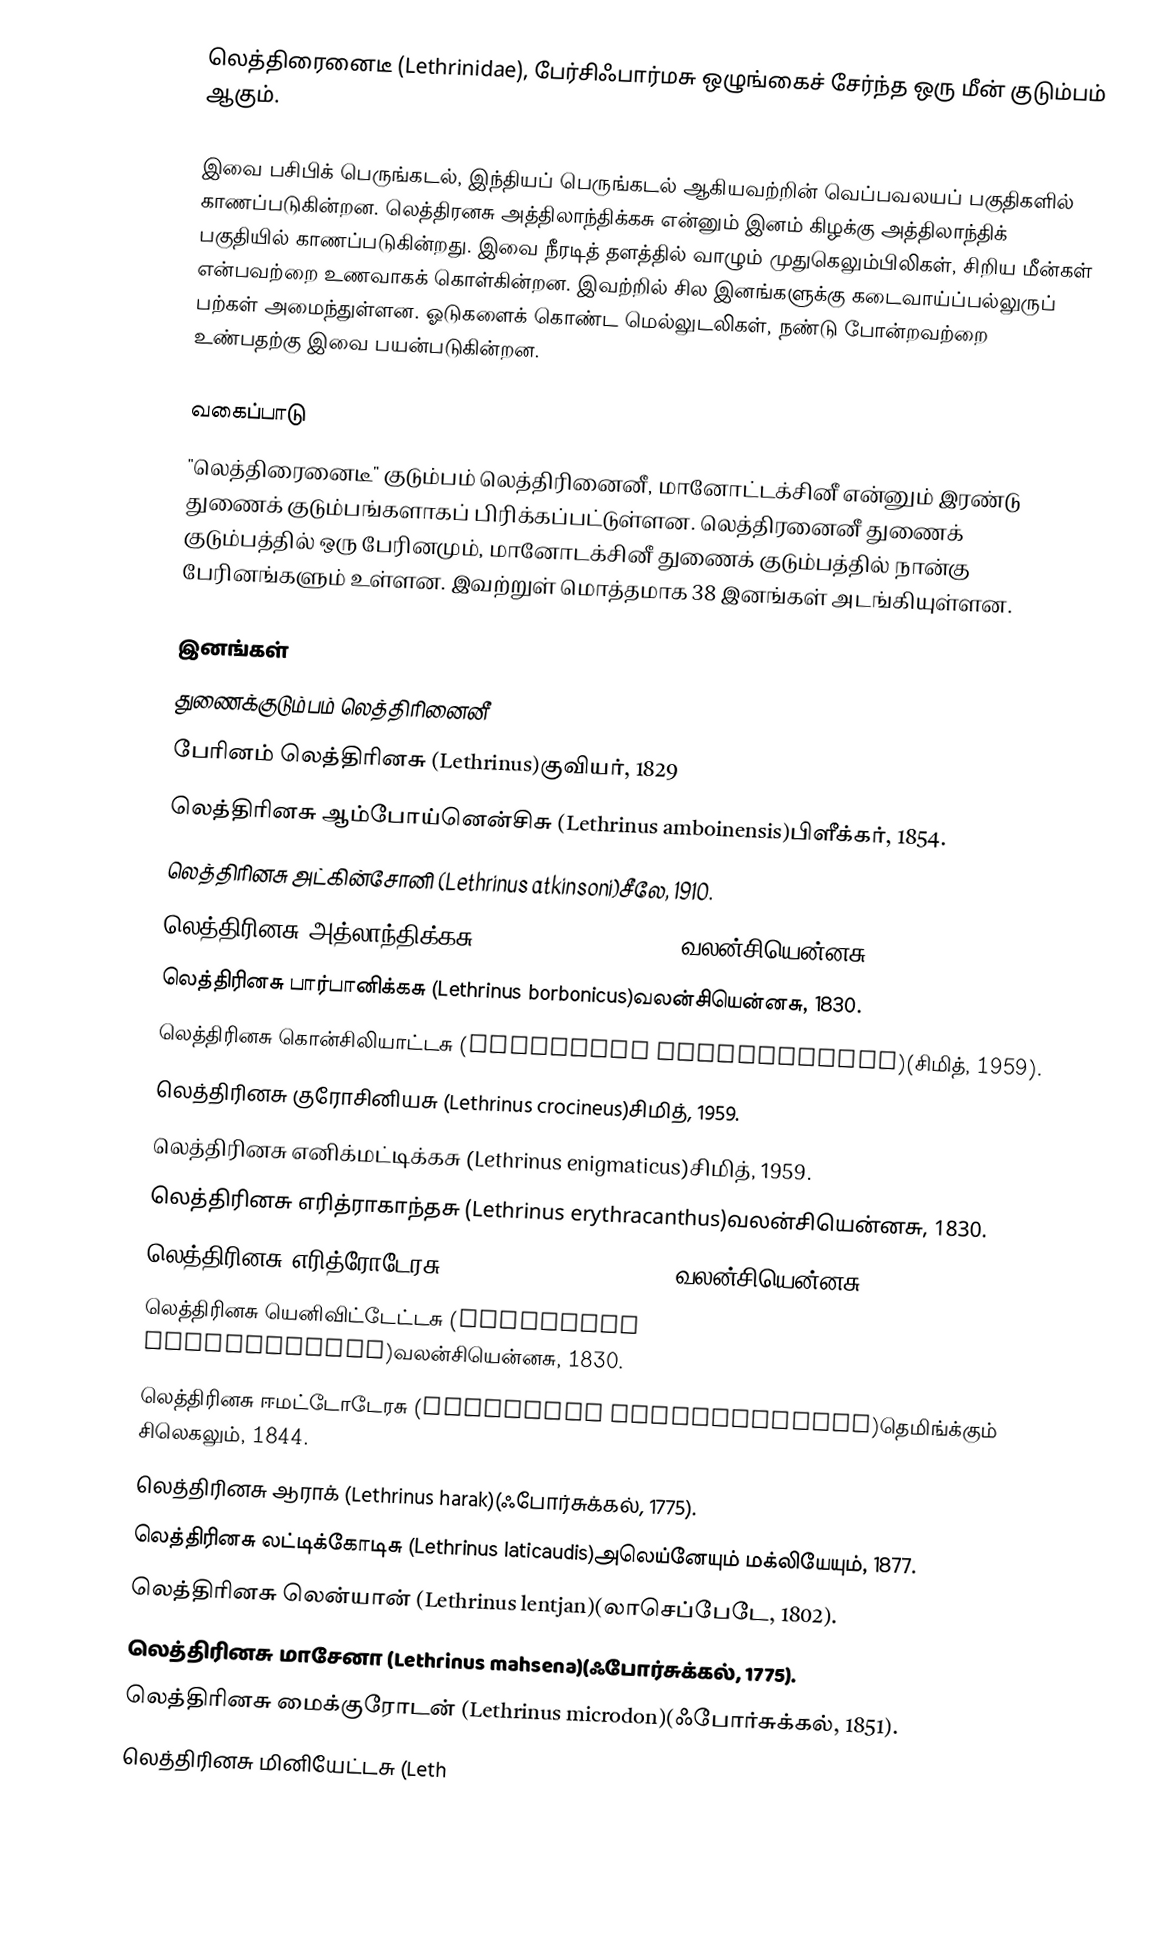
லெத்திரைனைடீ (Lethrinidae), பேர்சிஃபார்மசு ஒழுங்கைச் சேர்ந்த ஒரு மீன் குடும்பம் ஆகும்.

இவை பசிபிக் பெருங்கடல், இந்தியப் பெருங்கடல் ஆகியவற்றின் வெப்பவலயப் பகுதிகளில் காணப்படுகின்றன. லெத்திரனசு அத்திலாந்திக்கசு என்னும் இனம் கிழக்கு அத்திலாந்திக் பகுதியில் காணப்படுகின்றது. இவை நீரடித் தளத்தில் வாழும் முதுகெலும்பிலிகள், சிறிய மீன்கள் என்பவற்றை உணவாகக் கொள்கின்றன. இவற்றில் சில இனங்களுக்கு கடைவாய்ப்பல்லுருப் பற்கள் அமைந்துள்ளன. ஓடுகளைக் கொண்ட மெல்லுடலிகள், நண்டு போன்றவற்றை உண்பதற்கு இவை பயன்படுகின்றன.

வகைப்பாடு
"லெத்திரைனைடீ" குடும்பம் லெத்திரினைனீ, மானோட்டக்சினீ என்னும் இரண்டு துணைக் குடும்பங்களாகப் பிரிக்கப்பட்டுள்ளன. லெத்திரனைனீ துணைக் குடும்பத்தில் ஒரு பேரினமும், மானோடக்சினீ துணைக் குடும்பத்தில் நான்கு பேரினங்களும் உள்ளன. இவற்றுள் மொத்தமாக 38 இனங்கள் அடங்கியுள்ளன.

இனங்கள்
 துணைக்குடும்பம் லெத்திரினைனீ
 பேரினம் லெத்திரினசு (Lethrinus)குவியர், 1829
 லெத்திரினசு ஆம்போய்னென்சிசு  (Lethrinus amboinensis)பிளீக்கர், 1854.
 லெத்திரினசு அட்கின்சோனி  (Lethrinus atkinsoni)சீலே, 1910.
 லெத்திரினசு அத்லாந்திக்கசு  (Lethrinus atlanticus)வலன்சியென்னசு, 1830.
 லெத்திரினசு பார்பானிக்கசு  (Lethrinus borbonicus)வலன்சியென்னசு, 1830.
 லெத்திரினசு கொன்சிலியாட்டசு  (Lethrinus conchyliatus)(சிமித், 1959).
 லெத்திரினசு குரோசினியசு  (Lethrinus crocineus)சிமித், 1959.
 லெத்திரினசு எனிக்மட்டிக்கசு  (Lethrinus enigmaticus)சிமித், 1959.
 லெத்திரினசு எரித்ராகாந்தசு  (Lethrinus erythracanthus)வலன்சியென்னசு, 1830.
 லெத்திரினசு எரித்ரோடேரசு  (Lethrinus erythropterus)வலன்சியென்னசு, 1830.
 லெத்திரினசு யெனிவிட்டேட்டசு  (Lethrinus genivittatus)வலன்சியென்னசு, 1830.
 லெத்திரினசு ஈமட்டோடேரசு  (Lethrinus haematopterus)தெமிங்க்கும் சிலெகலும், 1844.
 லெத்திரினசு ஆராக்  (Lethrinus harak)(ஃபோர்சுக்கல், 1775).
 லெத்திரினசு லட்டிக்கோடிசு  (Lethrinus laticaudis)அலெய்னேயும் மக்லியேயும், 1877.
 லெத்திரினசு லென்யான்  (Lethrinus lentjan)(லாசெப்பேடே, 1802).
 லெத்திரினசு மாசேனா  (Lethrinus mahsena)(ஃபோர்சுக்கல், 1775).
 லெத்திரினசு மைக்குரோடன்  (Lethrinus microdon)(ஃபோர்சுக்கல், 1851).
 லெத்திரினசு மினியேட்டசு  (Leth